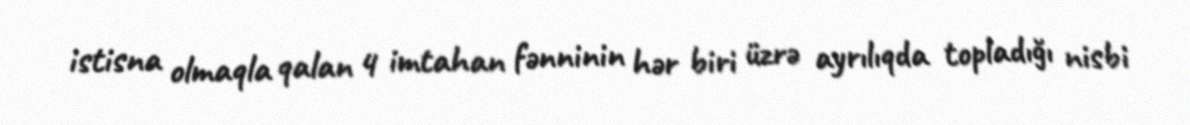
istisna olmaqla qalan 4 imtahan fənninin hər biri üzrə ayrılıqda topladığı nisbi